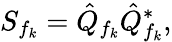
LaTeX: S_{f_{k}}=\hat{Q}_{f_{k}}\hat{Q}_{f_{k}}^{\ast},